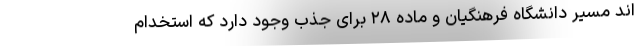
اند مسیر دانشگاه فرهنگیان و ماده ۲۸ برای جذب وجود دارد که استخدام